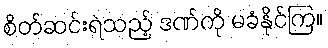
စိတ်ဆင်းရဲသည့် ဒဏ်ကို မခံနိုင်ကြ။